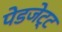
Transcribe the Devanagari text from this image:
पेडजेट्ट